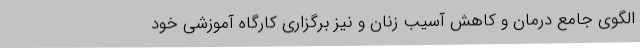
الگوی جامع درمان و کاهش آسیب زنان و نیز برگزاری کارگاه آموزشی خود